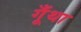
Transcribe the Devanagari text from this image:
गूँथा